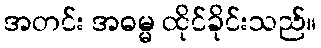
အတင်း အဓမ္မ ထိုင်ခိုင်းသည်။